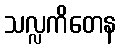
သလ္လကိတေန